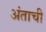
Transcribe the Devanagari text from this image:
अंताची